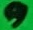
Text: 9